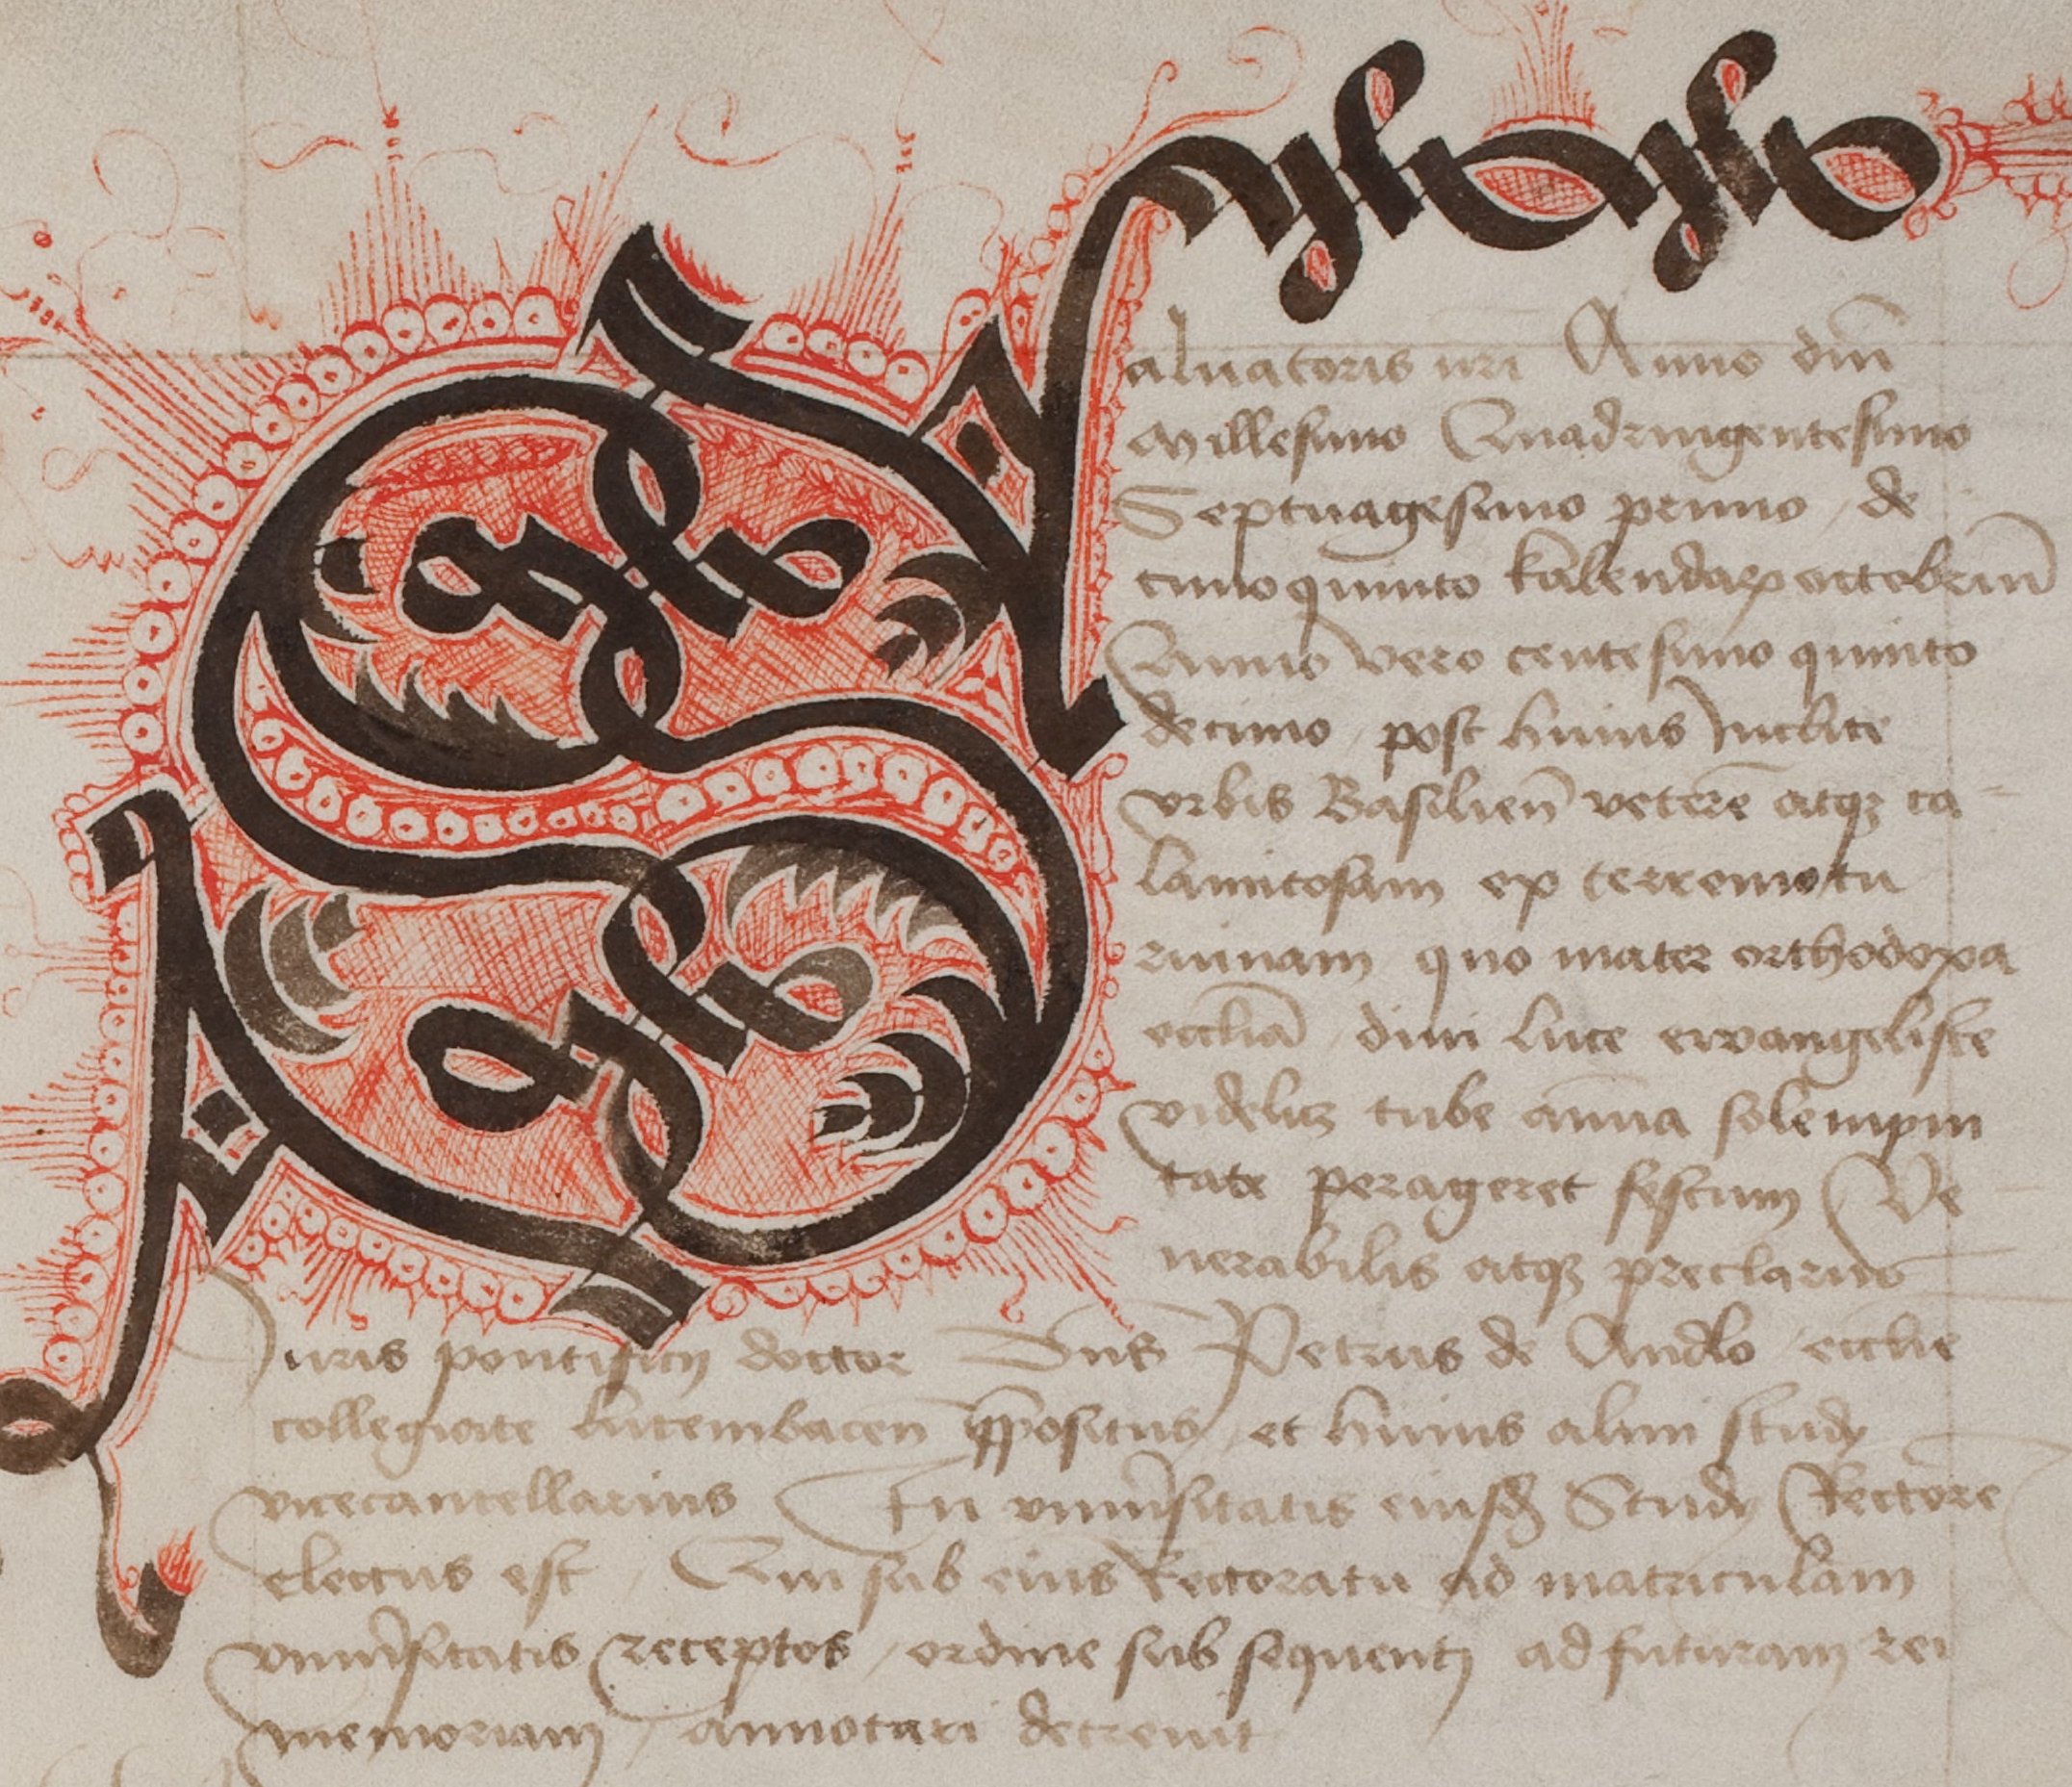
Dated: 1460–1567